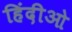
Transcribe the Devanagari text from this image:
हिंदीओ